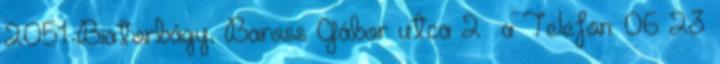
2051 Biatorbágy, Baross Gábor utca 2 a Telefon: 06 23